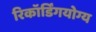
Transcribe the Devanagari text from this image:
रिकॉर्डिंगयोग्य